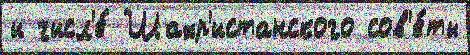
и числ'е́ Шахр'истанского сов'е́ты